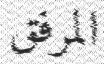
المرفق